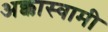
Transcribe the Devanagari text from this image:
अक्कास्वामी